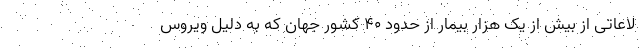
لاعاتی از بیش از یک هزار بیمار از حدود ۴۰ کشور جهان که به دلیل ویروس